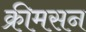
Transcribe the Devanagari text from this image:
क्रीमसन